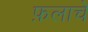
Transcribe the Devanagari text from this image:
फ़लाचे